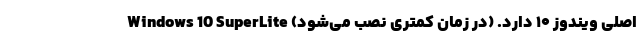
اصلی ویندوز ۱۰ دارد. (در زمان کمتری نصب می‌شود) Windows 10 SuperLite